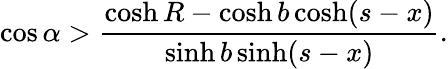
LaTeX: \cos\alpha>\frac{\cosh R-\cosh b\cosh(s-x)}{\sinh b\sinh(s-x)}.